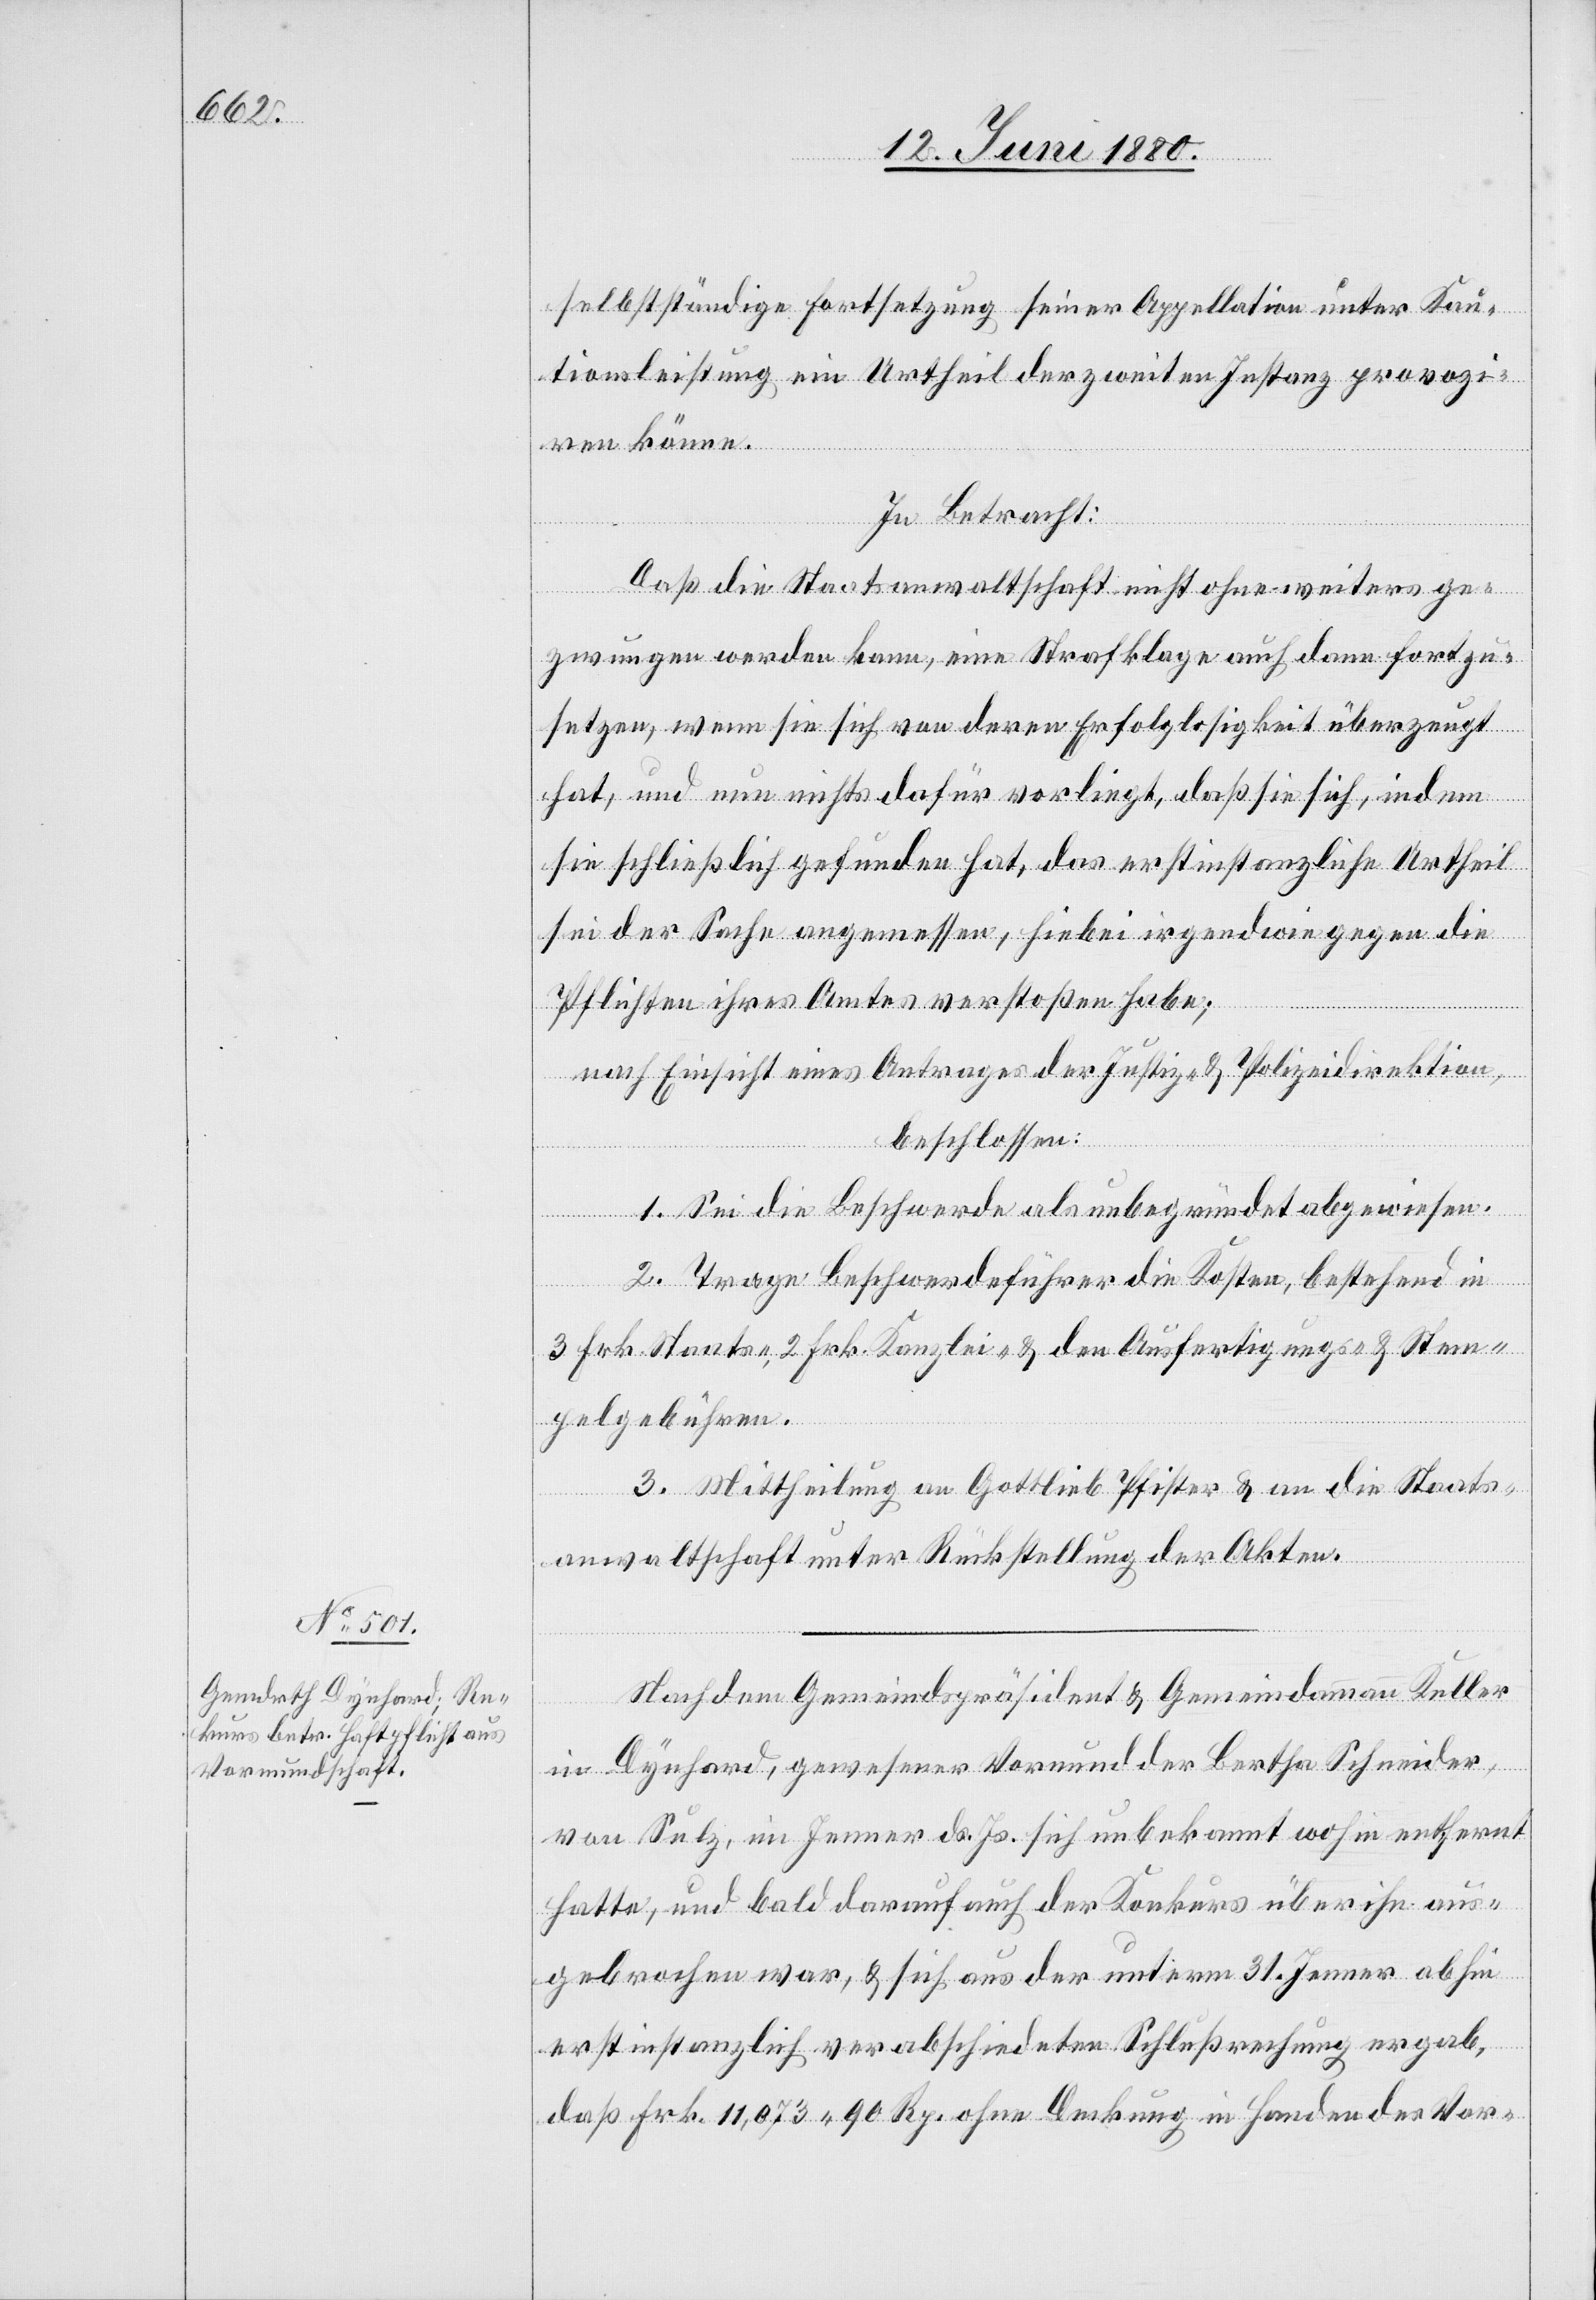
selbstständige Fortsetzung seiner Appellation unter Kau¬
tionsleistung ein Urtheil der zweiten Instanz provozi¬
ren könne.
In Betracht:
Daß die Staatsanwaltschaft nicht ohne weiters ge¬
zwungen werden kann, eine Strafklage auch dann fortzu¬
setzen, wenn sie sich von deren Erfolglosigkeit überzeugt
hat, und nun nichts dafür vorliegt, daß sie sich, indem
sie schließlich gefunden hat, das erstinstanzliche Urtheil
sei der Sache angemessen, hiebei irgendwie gegen die
Pflichten ihres Amtes verstoßen habe;
nach Einsicht eines Antrages der Justiz- & Polizeidirektion,
beschlossen:
1. Sei die Beschwerde als unbegründet abgewiesen.
2. Trage Beschwerdeführer die Kosten, bestehend in
3 Frk. Staats-, 2 Frk. Kanzlei- & den Ausfertigungs- & Stem¬
pelgebühren.
3. Mittheilung an Gottlieb Pfister& an die Staats¬
anwaltschaft unter Rückstellung der Akten.
Nachdem Gemeindspräsident & Gemeindammann Keller
in Dynhard, gewesener Vormund der Bertha Schneider,
von Sulz, im Jenner d. Js. sich unbekannt wohin entfernt
hatte, und bald darauf auch der Konkurs über ihn aus¬
gebrochen war, & sich aus der unterm 31. Jenner abhin
erstinstanzlich verabschiedeten Schlußrechnung ergab,
daß Frk. 11,073. 90 Rp. ohne Deckung in Handen des Vor-